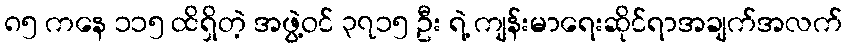
၈၅ ကနေ ၁၁၅ ထိရှိတဲ့ အဖွဲ့ဝင် ၃၇၁၅ ဦး ရဲ့ ကျန်းမာရေးဆိုင်ရာအချက်အလက်